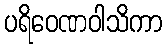
ပရိဝေဏဝါသိကာ